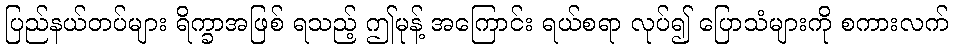
ပြည်နယ်တပ်များ ရိက္ခာအဖြစ် ရသည့် ဤမုန့် အကြောင်း ရယ်စရာ လုပ်၍ ပြောသံများကို စကားလက်